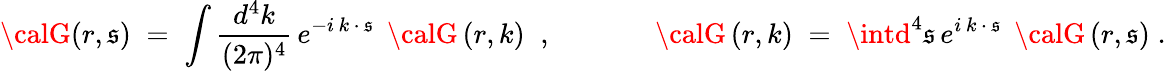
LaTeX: {\calG}(r,\mathfrak{s})\; =\; \int\frac{{d^{4}k}}{{(2\pi)^{4}}}\, e^{-i\, k\, \cdot\, \mathfrak{s}}\; \, {\calG}\left(r,k\right)\; \; ,\; \; \; \; \; \; \; \; \; \; \; \; \; {\calG}\left(r,k\right)\; =\; \intd^{4}\mathfrak{s}\, e^{i\, k\, \cdot\, \mathfrak{s}}\; \, {\calG}\left(r,\mathfrak{s}\right)\; .